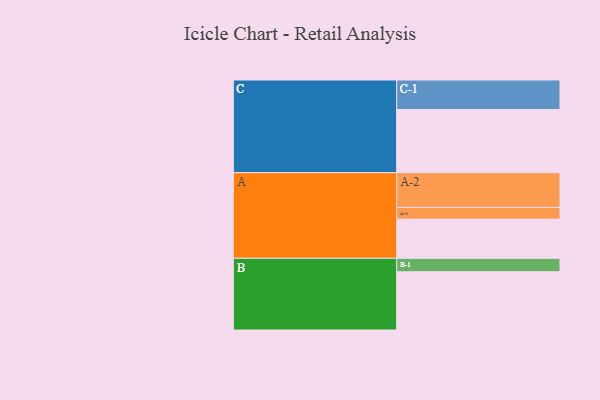
{"axis": {"x": "Segment", "y": "Value"}, "legend": ["", "A", "B", "C"], "data": [{"x": "A", "y": 319, "type": ""}, {"x": "B", "y": 475, "type": ""}, {"x": "C", "y": 515, "type": ""}, {"x": "A-1", "y": 96, "type": "A"}, {"x": "A-2", "y": 283, "type": "A"}, {"x": "B-1", "y": 110, "type": "B"}, {"x": "C-1", "y": 241, "type": "C"}]}